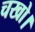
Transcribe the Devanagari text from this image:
चखो।